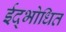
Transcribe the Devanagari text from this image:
ईद्भोधित